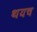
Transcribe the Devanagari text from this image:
थयच